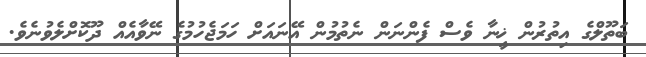
ބަތޫލްގެ އިތުރުން ޚީނާ ވެސް ފެންނަން ނެތުމުން އޭނައަށް ހަމަޖެހުމުގެ ނޭވާއެއް ދޫކޮށްލެވުނެވެ.